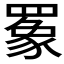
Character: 𬙧